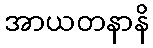
အာယတနာနိ